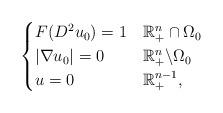
LaTeX: \begin{align*} \begin{cases}F(D^{2}u_0)=1 & \mathbb{R}_+^n\cap\Omega_0\\|\nabla u_0|=0 & \mathbb{R}_+^n\backslash\Omega_0\\u=0 & \mathbb{R}_+^{n-1},\end{cases}\end{align*}